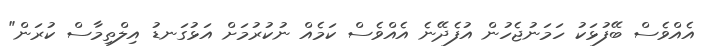
އެއްވެސް ބޭފުޅަކު ހަމަނުޖެހުން އުފެދޭނެ އެއްވެސް ކަމެއް ނުކުރުމަށް އަޅުގަނޑު އިލްތިމާސް ކުރަން"